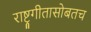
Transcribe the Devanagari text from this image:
राष्ट्रगीतासोबतच